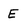
Character: E